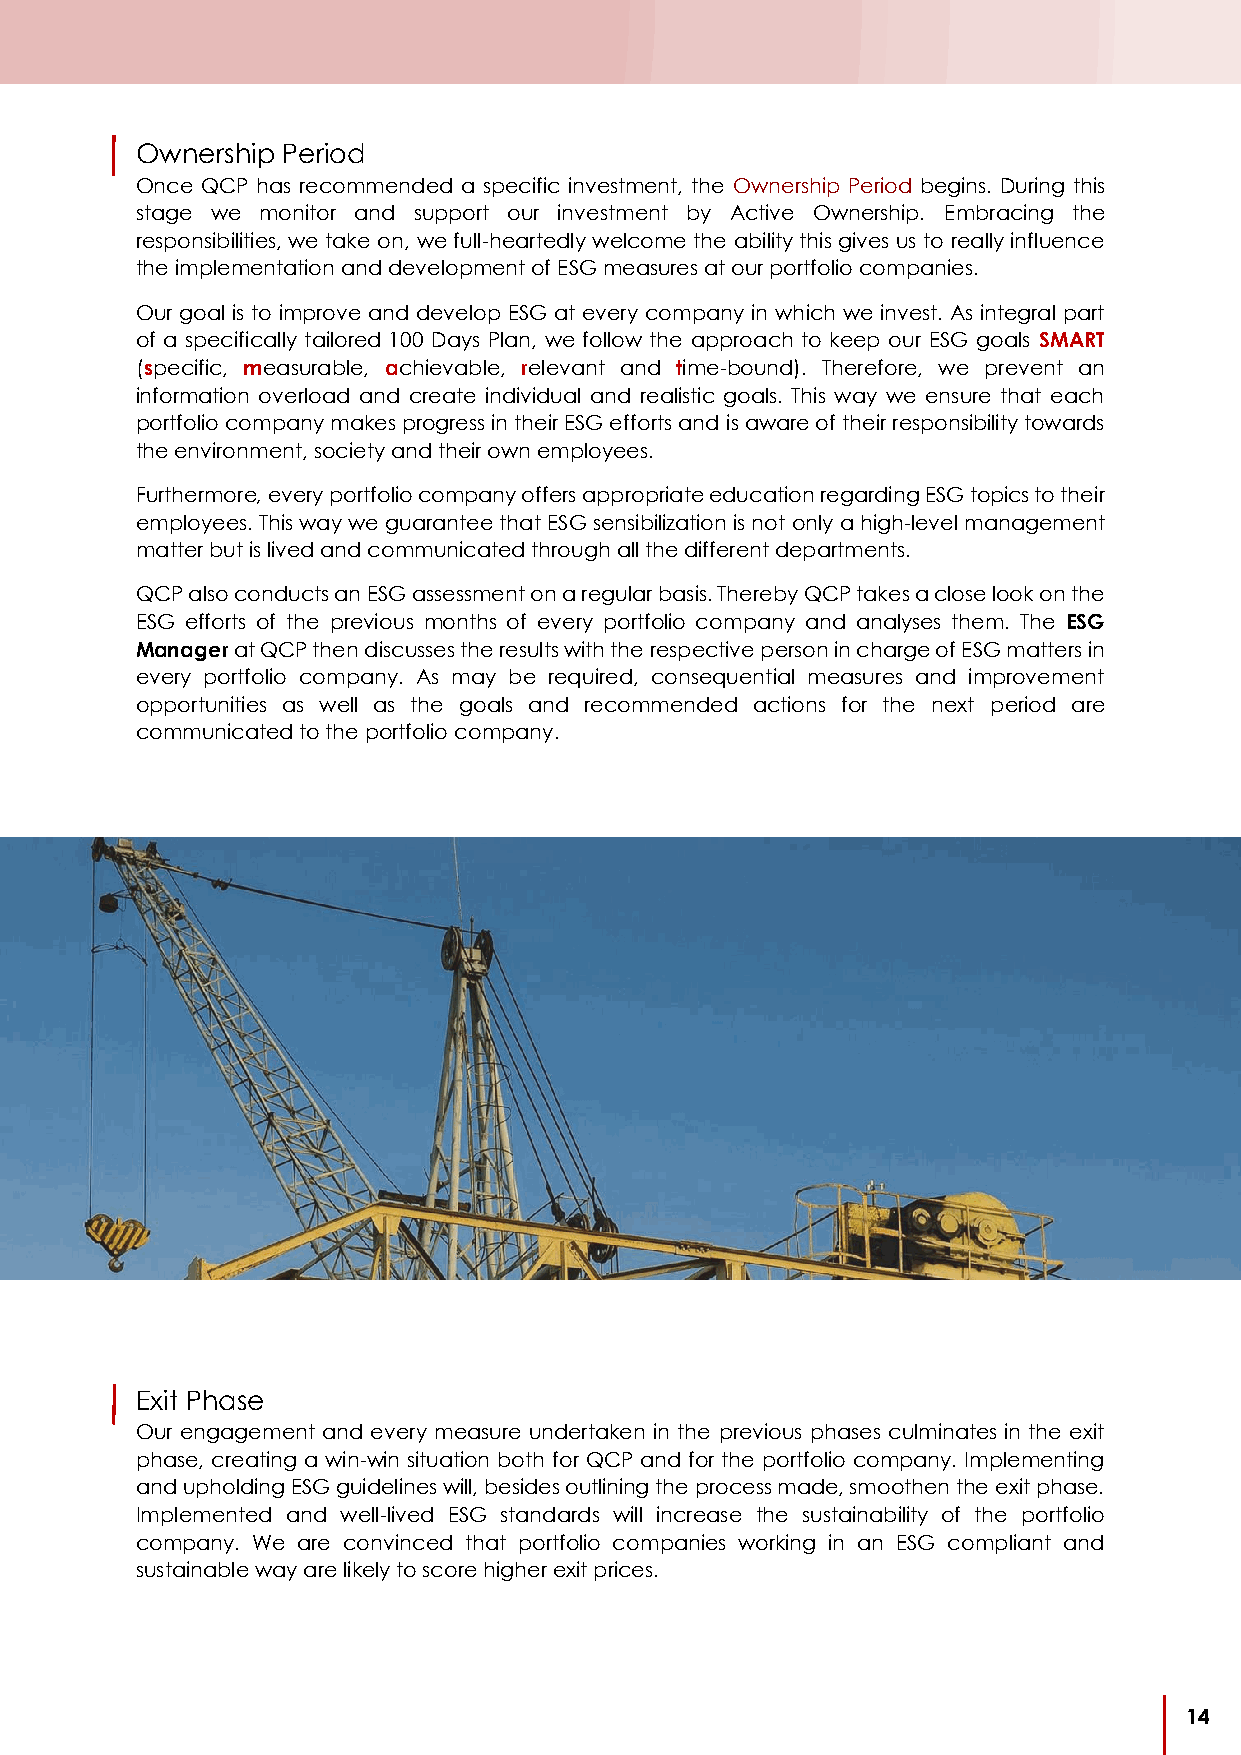
Ownership Period
 Once QCP has recommended a specific investment, the Ownership Period begins. During this
 stage we monitor and support our investment by Active Ownership. Embracing the
 responsibilities, we take on, we full-heartedly welcome the ability this gives us to really influence
 the implementation and development of ESG measures at our portfolio companies.
 Our goal is to improve and develop ESG at every company in which we invest. As integral part
 of a specifically tailored 100 Days Plan, we follow the approach to keep our ESG goals SMART
 (specific, measurable, achievable, relevant and time-bound). Therefore, we prevent an
 information overload and create individual and realistic goals. This way we ensure that each
 portfolio company makes progress in their ESG efforts and is aware of their responsibility towards
 the environment, society and their own employees.
 Furthermore, every portfolio company offers appropriate education regarding ESG topics to their
 employees. This way we guarantee that ESG sensibilization is not only a high-level management
 matter but is lived and communicated through all the different departments.
 QCP also conducts an ESG assessment on a regular basis. Thereby QCP takes a close look on the
 ESG efforts of the previous months of every portfolio company and analyses them. The ESG
 Manager at QCP then discusses the results with the respective person in charge of ESG matters in
 every portfolio company. As may be required, consequential measures and improvement
 opportunities as well as the goals and recommended actions for the next period are
 communicated to the portfolio company.
 Exit Phase
 Our engagement and every measure undertaken in the previous phases culminates in the exit
 phase, creating a win-win situation both for QCP and for the portfolio company. Implementing
 and upholding ESG guidelines will, besides outlining the process made, smoothen the exit phase.
 Implemented and well-lived ESG standards will increase the sustainability of the portfolio
 company. We are convinced that portfolio companies working in an ESG compliant and
 sustainable way are likely to score higher exit prices.
 14